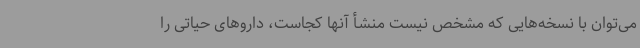
می‌توان با نسخه‌هایی که مشخص نیست منشأ آنها کجاست، داروهای حیاتی را